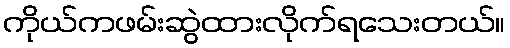
ကိုယ်ကဖမ်းဆွဲထားလိုက်ရသေးတယ်။